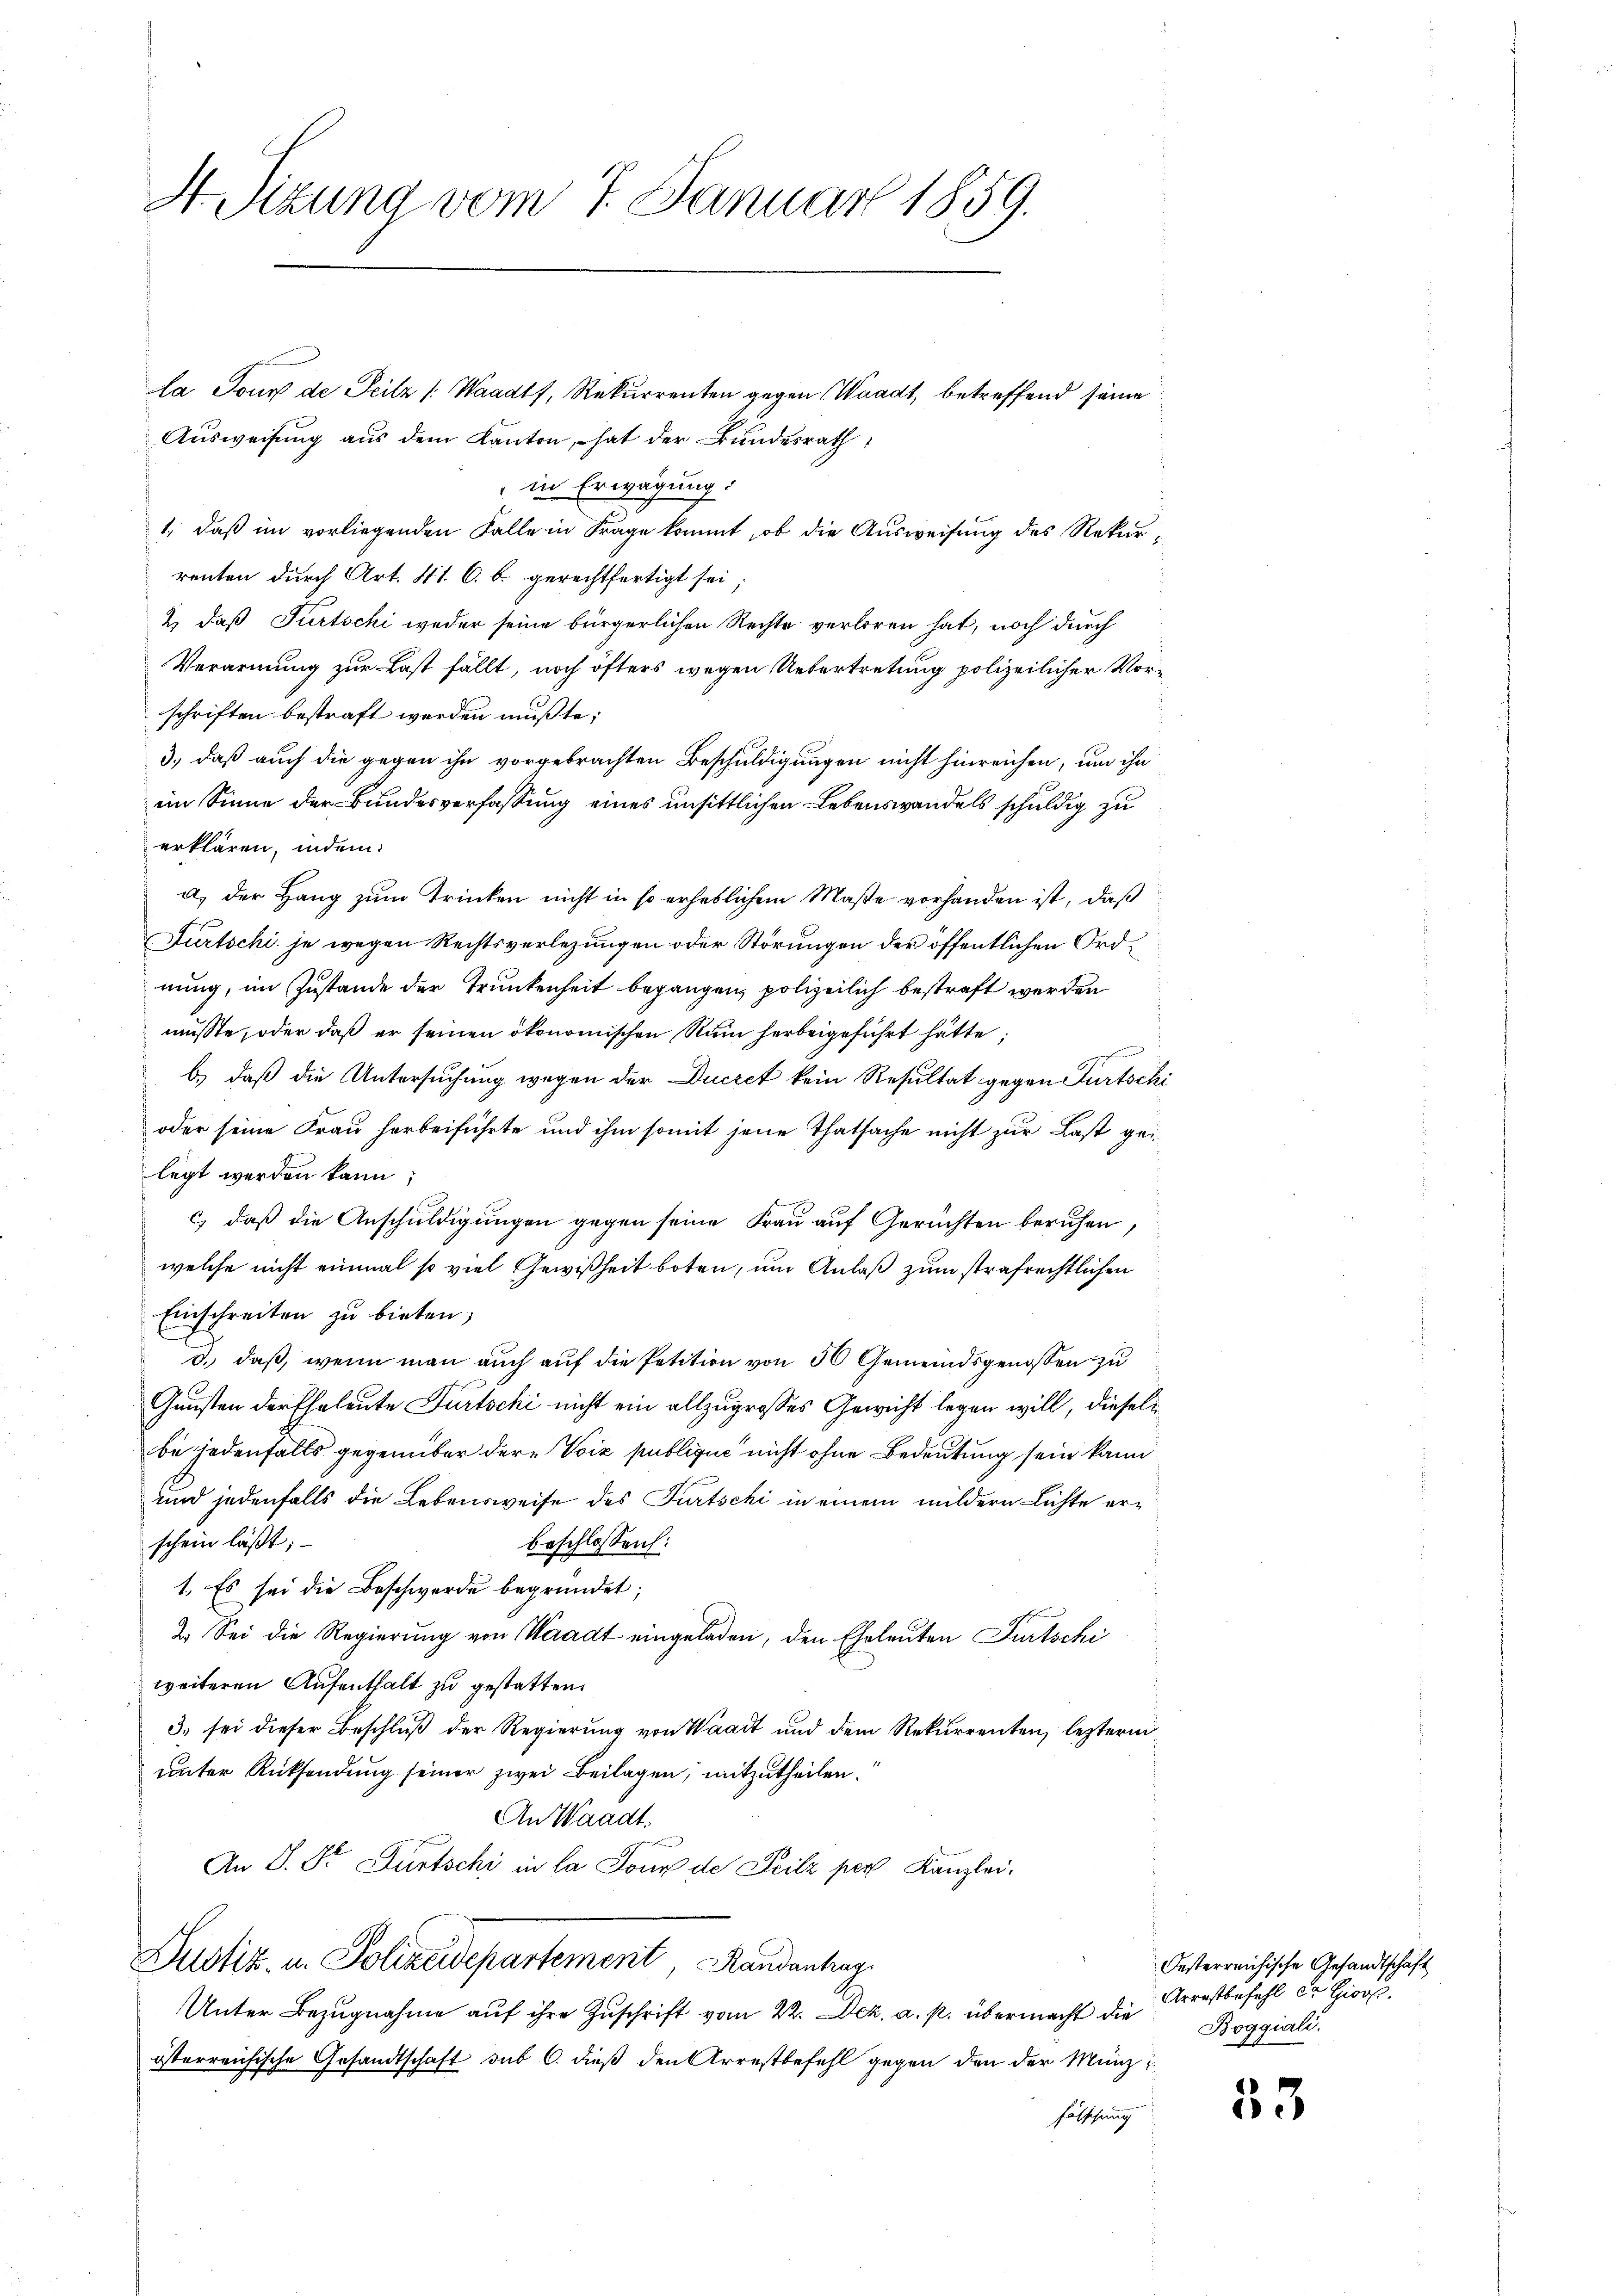
H. Sizung vom 7. Januar 1859.

la Tour de Peilz (Waadt, Rekurrenten gegen Waadt, betreffend seine
Aŭsweisung aus dem Kanton, hat der Bundesrath
in Erwägung:
1., daß im vorliegenden Falle in Frage kommt, ob die Ausweisung des Rekurrenten durch Art. 41. C. b. gerechtfertigt sei;
2) daß Furtschi weder seine bürgerlichen Rechte verloren hat, noch durch
Verarmung zur Last fällt, noch öfters wegen Uebertretung polizeilicher Vorschriften bestraft werden mußte;
3, daß auch die gegen ihn vorgebrachten Beschuldigungen nicht hinreichen, um ihn
im Sinne der Bundesverfassung eines unsittlichen Lebenswandels schuldig zu
erklären, indem
a) der Hang zum Trinken nicht in so erheblichem Maße vorhanden ist, daß
Fürtschi, je wegen Rechtsverlegungen oder Störungen der öffentlichen Ordnung, im Zustande der Trunkenheit begangen, polizeilich bestraft werden
müsste, oder daß er seinen ökonomischen Rum herbeigeführt hätte;
b.) daß die Untersuchung wegen der Ducret kein Resultat gegen Furtschi
oder seine Frau herbeiführte und ihm somit jene Thatsache nicht zur Last gelegt werden kann;
c) daß die Anschuldigungen gegen seine Frau auf Gerachten beruhen,
welche nicht einmal so viel Gewißheit boten, um Anlaß zum strafrechtlichen
Einschreiten zu bieten;
d.) daß, wenn man auch auf die Petition von 50 Gemeindsgenossen zu
Gunsten der Eheleute Fürtschi nicht ein allzugrosses Gewicht legen will, dieselbe jedenfalls gegenüber der Voiz publique nicht ohne Bedeutung sein kann
und jedenfalls die Lebensweise des Fürtschi in einem mildern Lichte erschein läßt;
beschlossen:
1. Es sei die Beschwerde begründet;
2. Sei die Regierung von Waadt eingeladen, den Eheleuten Furtschi
weiteren Aufenthalt zu gestatten.
3. sei dieser Beschlŭβ der Regierŭng von Waadt und dem Rekurrenten, lezterniunter Rücksendung seiner zwei Beilagen, mitzutheilen.
An Waadt
An S. Dr. Fürtschi in la Joux de Teilz per Kanzlei.
Justiz- u. Polizeidepartement Randentrag
Unter Bezugnahme auf ihre Zuschrift vom 22. Dez. a. p. übermacht die
österreichische Gesandtschaft sub 6. dieß den Arrestbefehl gegen den der Münz
fälschung

Oesterreichische Gesandtschaft
Arrestbefehl da Gior.
Boggiali.

53